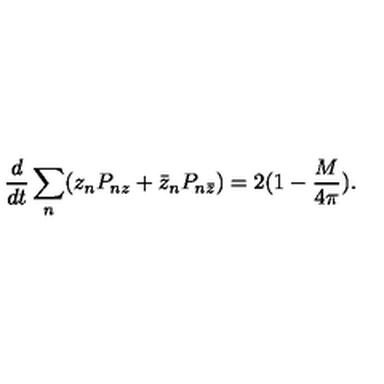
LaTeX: \frac { d } { d t } \sum _ { n } ( z _ { n } P _ { n z } + \bar { z } _ { n } P _ { n \bar { z } } ) = 2 ( 1 - \frac { M } { 4 \pi } ) .